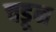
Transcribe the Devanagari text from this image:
चडून